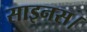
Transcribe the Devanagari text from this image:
साइनस।